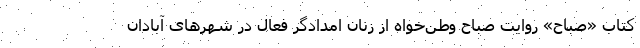
کتاب «صباح» روایت صباح وطن‌خواه از زنان امدادگر فعال در شهر‌های آبادان